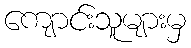
ကျောင်းသူများမှ